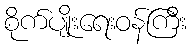
စိုက်ပျိုးရေးဝန်ကြီး